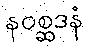
နဝစ္ဆဒနံ